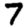
Digit: 7